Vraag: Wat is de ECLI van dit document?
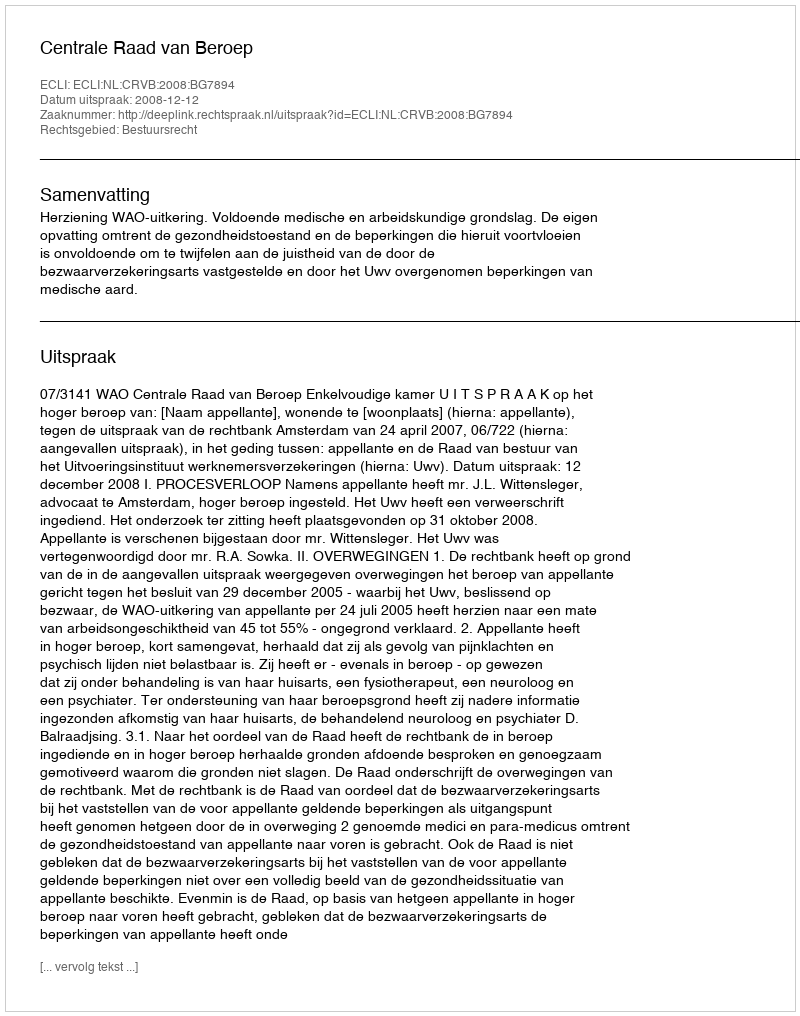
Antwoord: ECLI:NL:CRVB:2008:BG7894